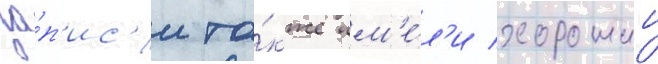
за́п'ис'и та́кже им'е́л'и хорошии